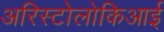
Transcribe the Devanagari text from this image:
अरिस्टोलोकिआई